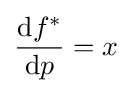
{\frac {\mathrm {d} f^{*}}{\mathrm {d} p}}=x